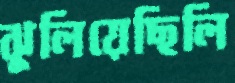
ঝুলিয়েছিলি